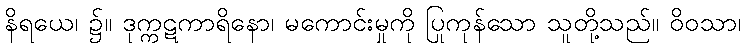
နိရယေ၊ ၌။ ဒုက္ကဋကာရိနော၊ မကောင်းမှုကို ပြုကုန်သော သူတို့သည်။ ဝိဝသာ၊